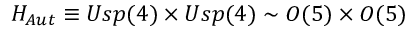
H _ { A u t } \equiv U s p ( 4 ) \times U s p ( 4 ) \sim O ( 5 ) \times O ( 5 )